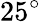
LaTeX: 25^{\circ}